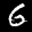
Label: 6